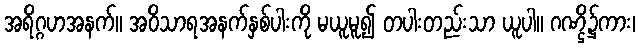
အရိဂ္ဂဟအနက်။ အဝိသာရအနက်နှစ်ပါးကို မယူမူ၍ တပါးတည်းသာ ယူပါ။ ဂဏ္ဌိ၌ကား၊